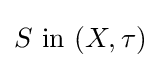
S{\text{ in }}(X,\tau )